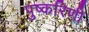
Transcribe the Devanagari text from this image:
पुष्‍करिणी